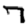
Digit: 7